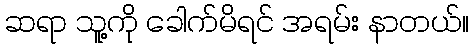
ဆရာ သူ့ကို ခေါက်မိရင် အရမ်း နာတယ်။